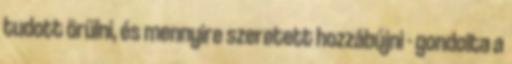
tudott örülni, és mennyire szeretett hozzábújni - gondolta a